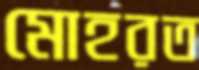
মোহরত